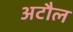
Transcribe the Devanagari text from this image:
अटौल